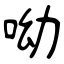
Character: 呦